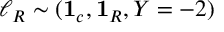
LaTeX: \ell _ { R } \sim ( { \bf 1 } _ { c } , { \bf 1 } _ { R } , Y = - 2 )